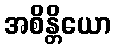
အစိန္တိယော